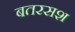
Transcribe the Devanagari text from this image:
बतरसश